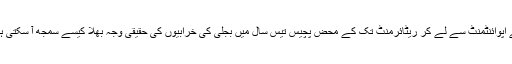
اُسے اپوائنٹمنٹ سے لے کر ریٹائرمنٹ تک کے محض پچّیس تیس سال میں بجلی کی خرابیوں کی حقیقی وجہ بھلا کیسے سمجھ آ سکتی ہے ۔